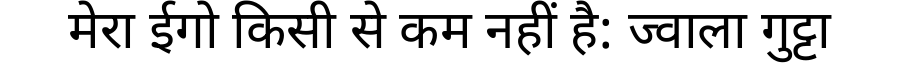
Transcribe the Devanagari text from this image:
मेरा ईगो किसी से कम नहीं है: ज्वाला गुट्टा